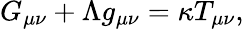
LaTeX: G_{\mu\nu}+\Lambda g_{\mu\nu}=\kappa T_{\mu\nu},